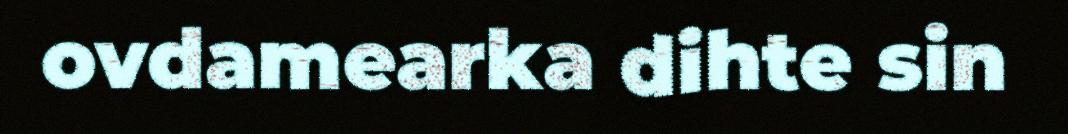
ovdamearka dihte sin